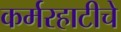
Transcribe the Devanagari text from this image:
कर्मरहाटीचे